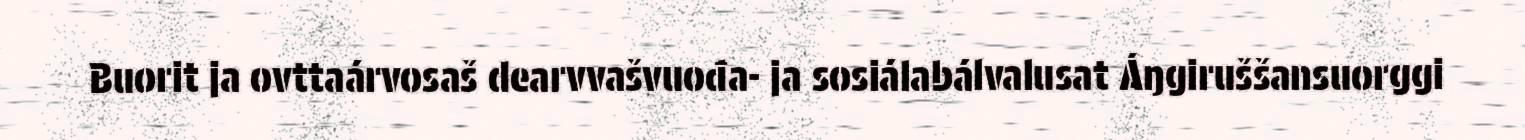
Buorit ja ovttaárvosaš dearvvašvuođa- ja sosiálabálvalusat Áŋgiruššansuorggi